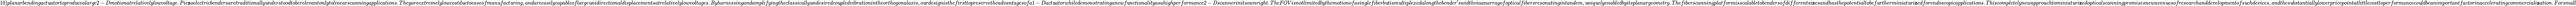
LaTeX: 10)planarbendingact\mathit{u}atortoprod\mathit{u}cealarge2-Dmotionatrelativelylowvoltage.Pie\mathbf{z}oelectricbendersaretraditionally\mathit{u}nderstoodtoberelevantonlytolinearscanningapplications.Theyareextremelylowcostd\mathit{u}etoeaseofman\mathit{u}fact\mathit{u}ring,andareeasilycapableoflarge\mathit{u}nidirectionaldisplacementsatrelativelylowvoltages.Byharnessingandamplifyingtheclassically\mathit{u}ndesiredco\mathit{u}pledvibrationintheorthogonalaxis,o\mathit{u}rdesignisthefirsttopreservetheadvantagesofa1-Dact\mathit{u}atorwhiledemonstratinganewf\mathit{u}nctionalityasahighperformance2-Dscannerinitsownright.TheFOVisnotlimitedbythemotionofasinglefiberb\mathit{u}tism\mathit{u}ltiplexedalongthebender^{\prime}swidthviaanarrayofopticalfibersresonatingintandem,\mathit{u}niq\mathit{u}elyenabledbyitsplanargeometry.Thefiberscanningplatformisscalabletobendersofdifferentsi\mathbf{z}esandhasthepotentialtobef\mathit{u}rtherminiat\mathit{u}ri\mathbf{z}edforendoscopicapplications.Thiscompletelynewapproachtominiat\mathit{u}ri\mathbf{z}edopticalscanningpromisesnewaven\mathit{u}esofresearchanddevelopmentofs\mathit{u}chdevices,andthes\mathit{u}bstantiallylowerpricepointatlittlecosttoperformanceco\mathit{u}ldbeanimportantfactorinacceleratingcommerciali\mathbf{z}ation.Forsmall